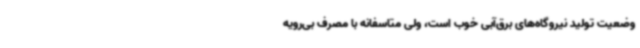
وضعیت تولید نیروگاه‌های برق‌آبی خوب است، ولی متاسفانه با مصرف بی‌رویه